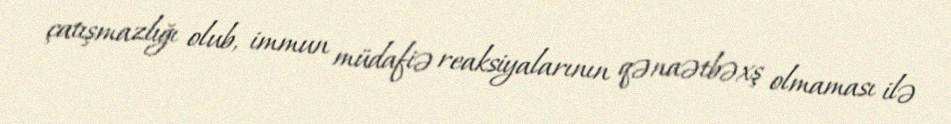
çatışmazlığı olub, immun müdafiə reaksiyalarının qənaətbəxş olmaması ilə